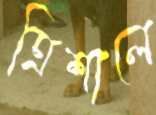
ত্রিশালে